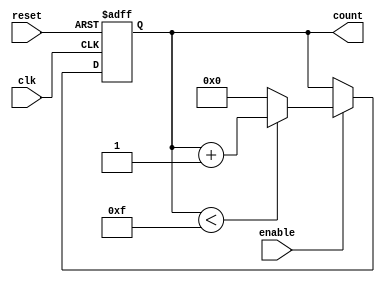
module async_reset_sync_counter #(
    parameter WIDTH = 4,                 // Bit width of the counter
    parameter INITIAL_VALUE = 0,         // Initial value after reset
    parameter COUNT_DIRECTION = 1         // 1 for up, 0 for down
)(
    input wire clk,                       // Clock signal
    input wire reset,                     // Asynchronous reset signal
    input wire enable,                    // Count enable signal
    output reg [WIDTH-1:0] count         // Counter output
);

    // Always block for asynchronous reset and synchronous counting
    always @(posedge clk or posedge reset) begin
        if (reset) begin
            // Asynchronous reset
            count <= INITIAL_VALUE;       // Set counter to initial value
        end else if (enable) begin
            // Synchronous counting
            if (COUNT_DIRECTION) begin
                // Up counting
                if (count < (1 << WIDTH) - 1) // Check for overflow
                    count <= count + 1;
                else
                    count <= 0;            // Wrap around if max is reached
            end else begin
                // Down counting
                if (count > 0)               // Check for underflow
                    count <= count - 1;
                else
                    count <= (1 << WIDTH) - 1; // Wrap around if min is reached
            end
        end
    end

endmodule